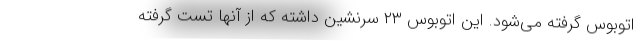
اتوبوس گرفته می‌شود. این اتوبوس ۲۳ سرنشین داشته که از آنها تست گرفته